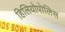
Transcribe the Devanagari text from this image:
हिलियोपोलिस